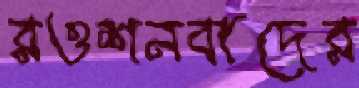
রওশনবাদের